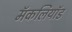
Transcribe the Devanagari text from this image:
मॅकलियॉड